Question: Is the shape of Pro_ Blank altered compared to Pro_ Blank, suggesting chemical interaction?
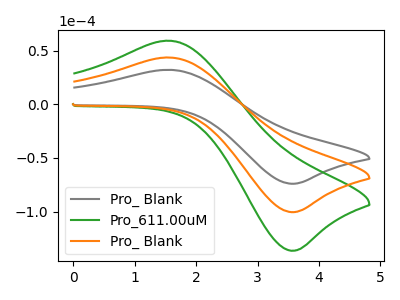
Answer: <think>The gray curve "Pro_ Blank" has an anodic peak at (1.60V, 32.15uA) and a cathodic peak at (3.55V, -73.95uA). The green curve "Pro_611.00uM" has an anodic peak at (1.60V, 87.35uA) and a cathodic peak at (3.55V, -200.85uA). The orange curve "Pro_ Blank" has an anodic peak at (1.60V, 43.65uA) and a cathodic peak at (3.55V, -100.45uA).
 All the peaks in "Pro_ Blank" have a peak in "Pro_ Blank" at the same potential. Every peak in "Pro_ Blank" is lower than every peak in "Pro_ Blank".</think>
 <answer>No, "Pro_ Blank" and "Pro_ Blank" don't appear to be significantly different in shape</answer>
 <eval>no_change</eval>